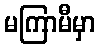
မကြာမီမှာ